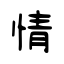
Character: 情